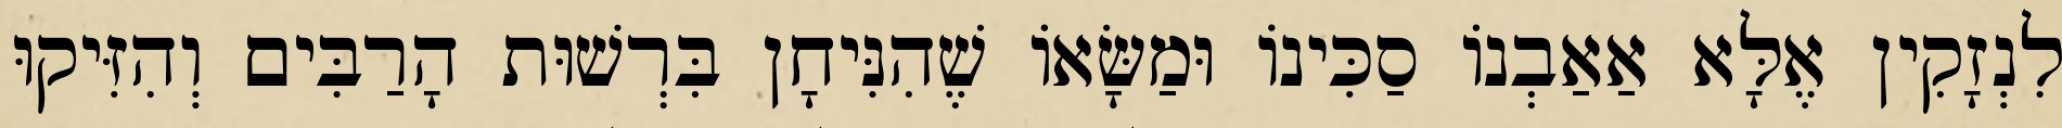
לִנְזָקִין אֶלָּא אַאַבְנוֹ סַכִּינוֹ וּמַשָּׂאוֹ שֶׁהִנִּיחָן בִּרְשׁוּת הָרַבִּים וְהִזִּיקוּ